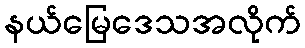
နယ်မြေဒေသအလိုက်